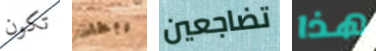
تكون ربطات تضاجعين هذا